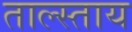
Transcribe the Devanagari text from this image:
ताल्स्ताय